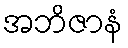
အဘိဇာနံ